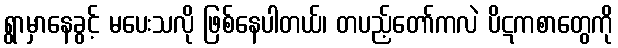
ရွာမှာနေခွင့် မပေးသလို ဖြစ်နေပါတယ်၊ တပည့်တော်ကလဲ ပိဋကစာတွေကို